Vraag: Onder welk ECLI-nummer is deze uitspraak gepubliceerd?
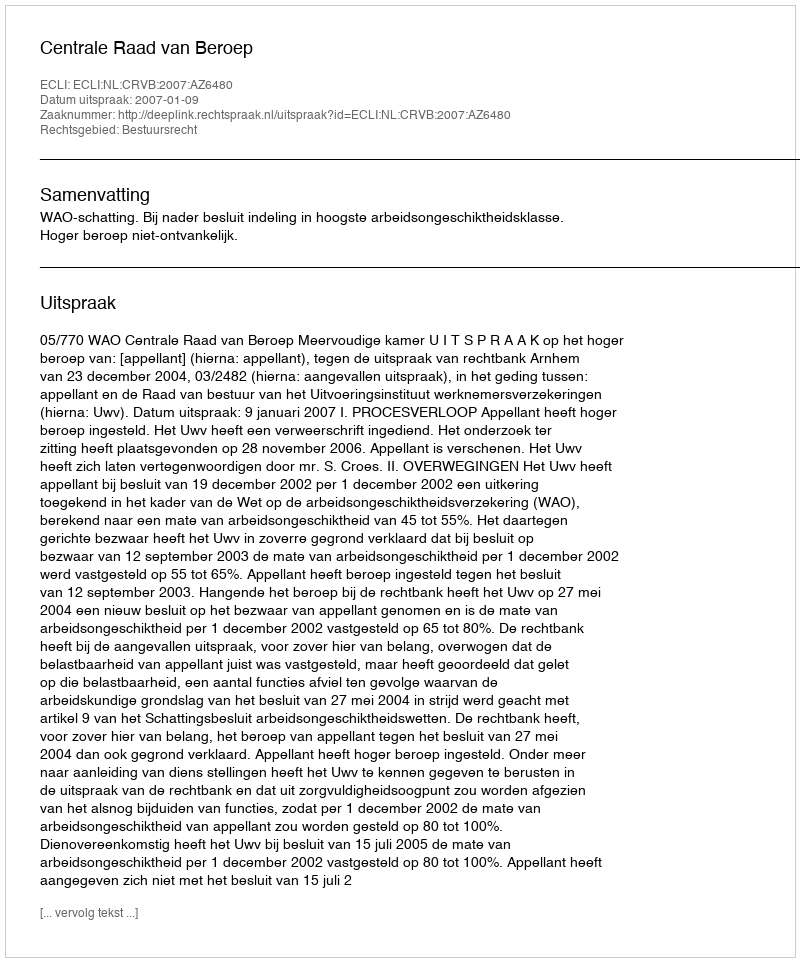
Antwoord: ECLI:NL:CRVB:2007:AZ6480